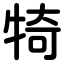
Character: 犄